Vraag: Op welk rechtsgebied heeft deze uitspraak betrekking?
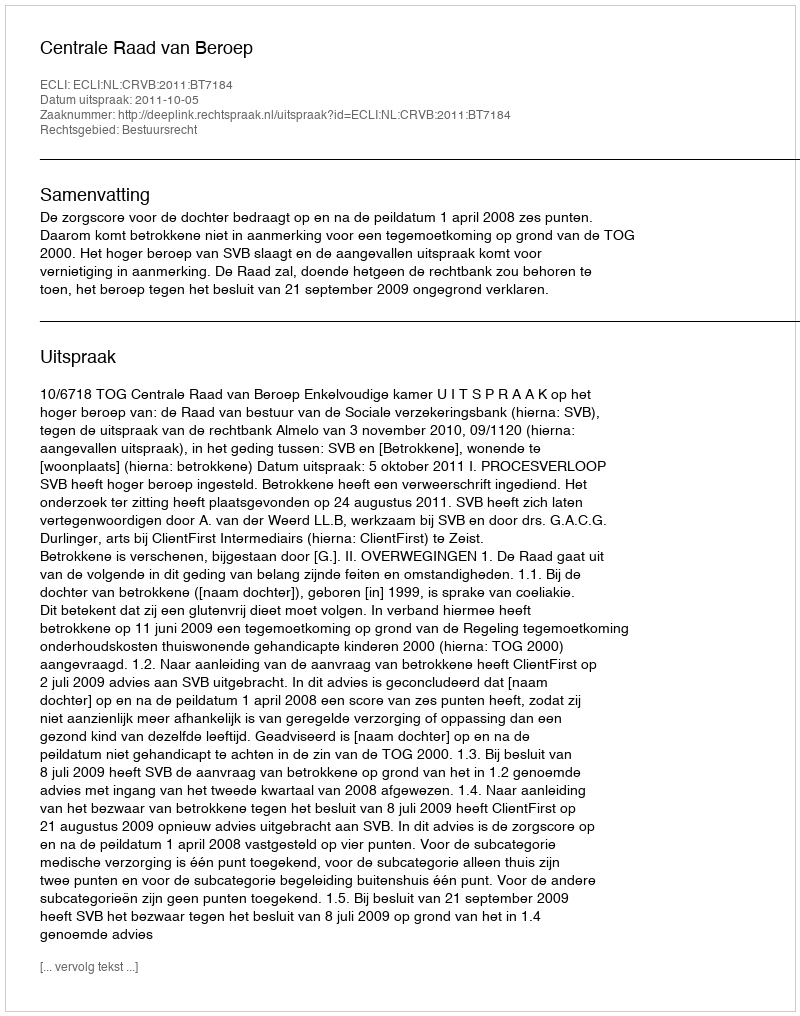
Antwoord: Bestuursrecht